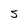
Character: 5